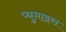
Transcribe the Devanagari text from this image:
प्युमाइस